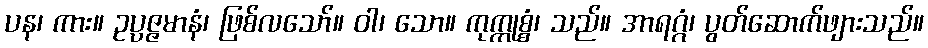
ပန၊ ကား။ ဥပ္ပဇ္ဇမာနံ၊ ဖြစ်လသော်။ ဝါ၊ သော။ ကုက္ကုစ္စံ၊ သည်။ အာရဂ္ဂံ၊ ပွတ်ဆောက်ဖျားသည်။